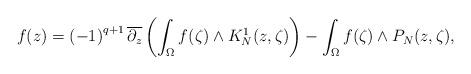
LaTeX: \begin{align*}f(z)=\left(-1\right)^{q+1}\overline{\partial_{z}}\left(\int_{\Omega}f(\zeta)\wedge K_{N}^{1}(z,\zeta)\right)-\int_{\Omega}f(\zeta)\wedge P_{N}(z,\zeta),\end{align*}